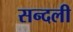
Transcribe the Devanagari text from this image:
सन्दली